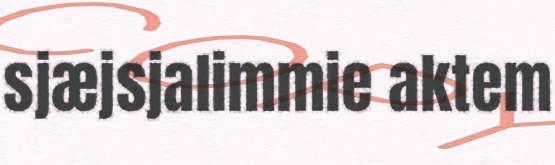
sjæjsjalimmie aktem